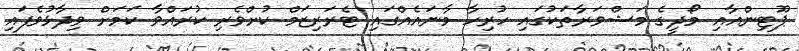
ޕޫޓިންއާއި މޯދީގެ މަޝްވަރާތަކުގައި ހުރިހާ މާނައެއްގައި ޓެރަރިޒަމް ކުށްވެރި ކުރައްވާ ކަމަށް ވިދާޅުވެފައި